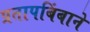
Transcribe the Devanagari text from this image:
प्रतापबिंबाने